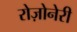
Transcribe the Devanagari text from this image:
रोज़ोनेरी